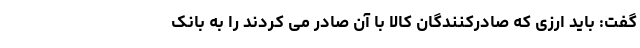
گفت: باید ارزی که صادرکنندگان کالا با آن صادر می کردند را به بانک